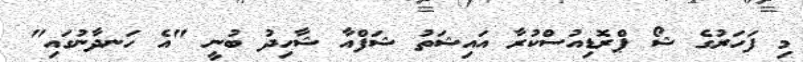
މި ފަހަރުގެ ޝޯ ޕްރޮޑިއުސްކުރާ އައިޝަތު ޝަފްއާ ޝާހިދު ބުނީ "އެ ހަނދާނުގައި"